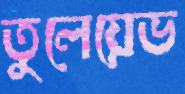
তুলেয়েভ